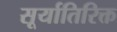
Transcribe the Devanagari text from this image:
सूर्यातिरिक्त